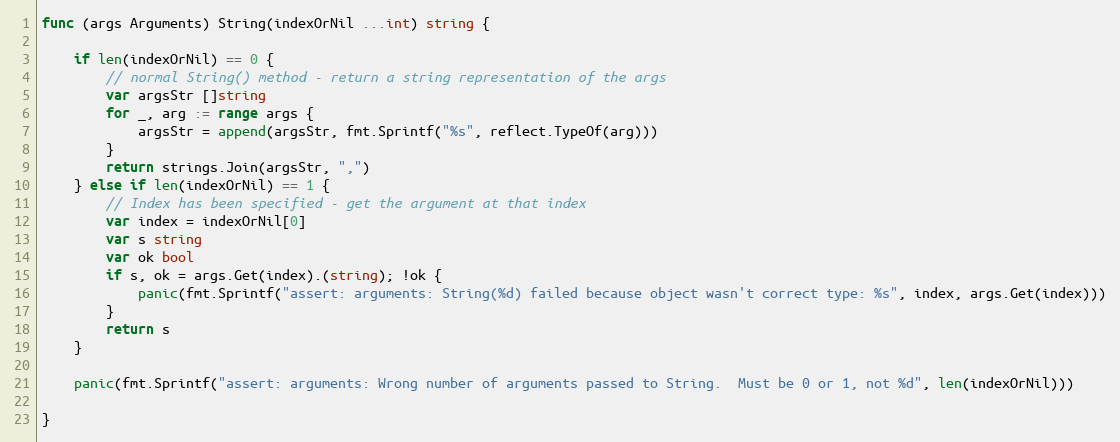
Language: Go
func (args Arguments) String(indexOrNil ...int) string {

	if len(indexOrNil) == 0 {
		// normal String() method - return a string representation of the args
		var argsStr []string
		for _, arg := range args {
			argsStr = append(argsStr, fmt.Sprintf("%s", reflect.TypeOf(arg)))
		}
		return strings.Join(argsStr, ",")
	} else if len(indexOrNil) == 1 {
		// Index has been specified - get the argument at that index
		var index = indexOrNil[0]
		var s string
		var ok bool
		if s, ok = args.Get(index).(string); !ok {
			panic(fmt.Sprintf("assert: arguments: String(%d) failed because object wasn't correct type: %s", index, args.Get(index)))
		}
		return s
	}

	panic(fmt.Sprintf("assert: arguments: Wrong number of arguments passed to String.  Must be 0 or 1, not %d", len(indexOrNil)))

}